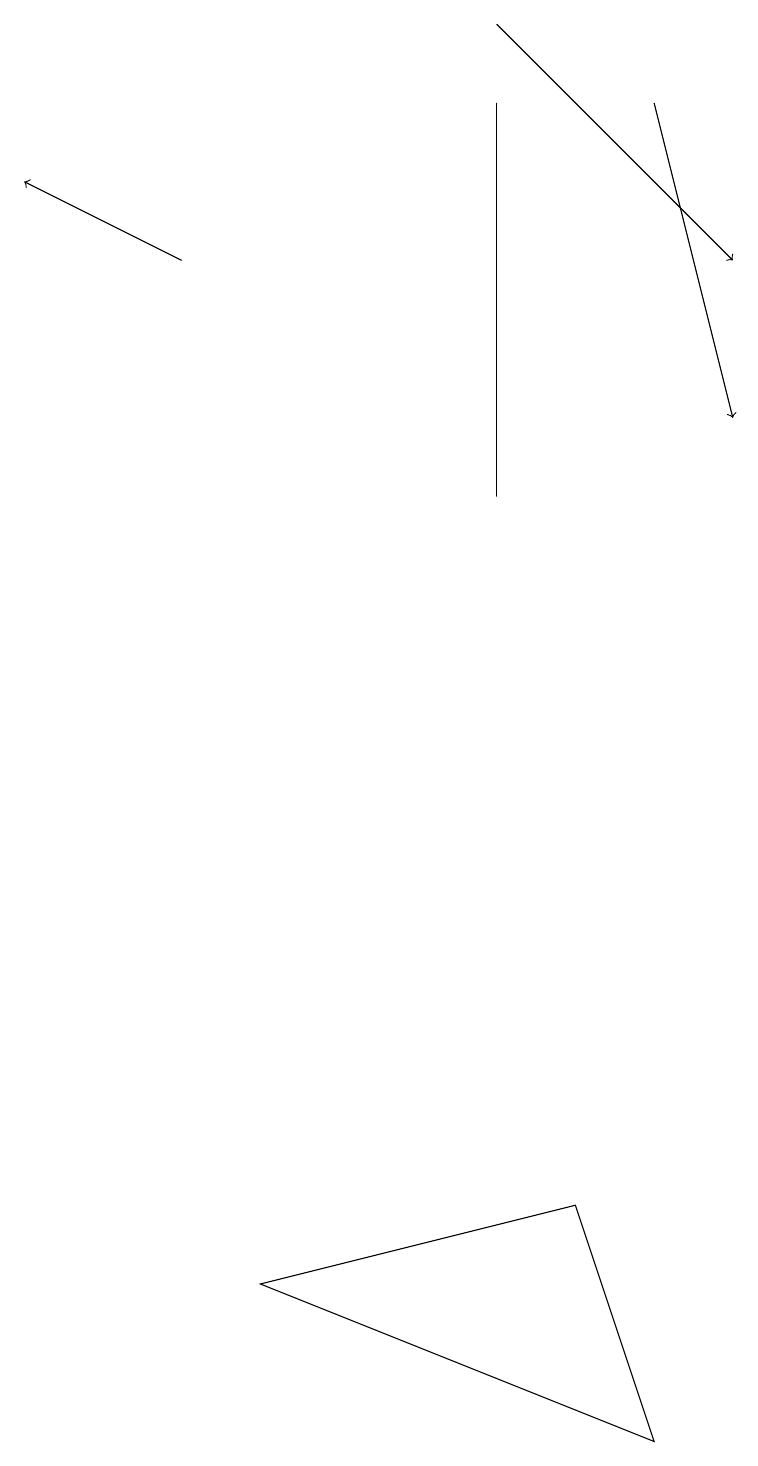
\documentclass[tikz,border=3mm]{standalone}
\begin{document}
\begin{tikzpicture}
\draw[->] (6,19) -- (9,16);
\draw[->] (2,16) -- (0,17);
\draw (6,13) rectangle (6,18);
\draw (7,17) rectangle (7,17);
\draw[->] (8,18) -- (9,14);
\draw (3,3) -- (7,4) -- (8,1) -- cycle;
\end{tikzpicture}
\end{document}